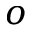
o